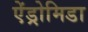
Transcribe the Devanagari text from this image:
ऐंड्रोमिडा